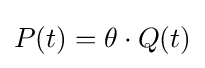
P(t)=\theta \cdot Q(t)